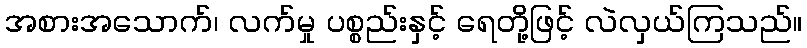
အစားအသောက်၊ လက်မှု ပစ္စည်းနှင့် ရေတို့ဖြင့် လဲလှယ်ကြသည်။